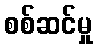
စစ်ဆင်မှု